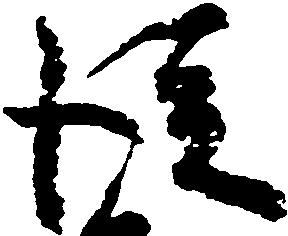
従